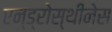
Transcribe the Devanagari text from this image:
एन्ड्रोस्थीनेस